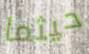
حيثما